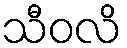
သီဝလိ